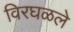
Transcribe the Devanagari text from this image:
विरघळले